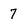
Character: 7